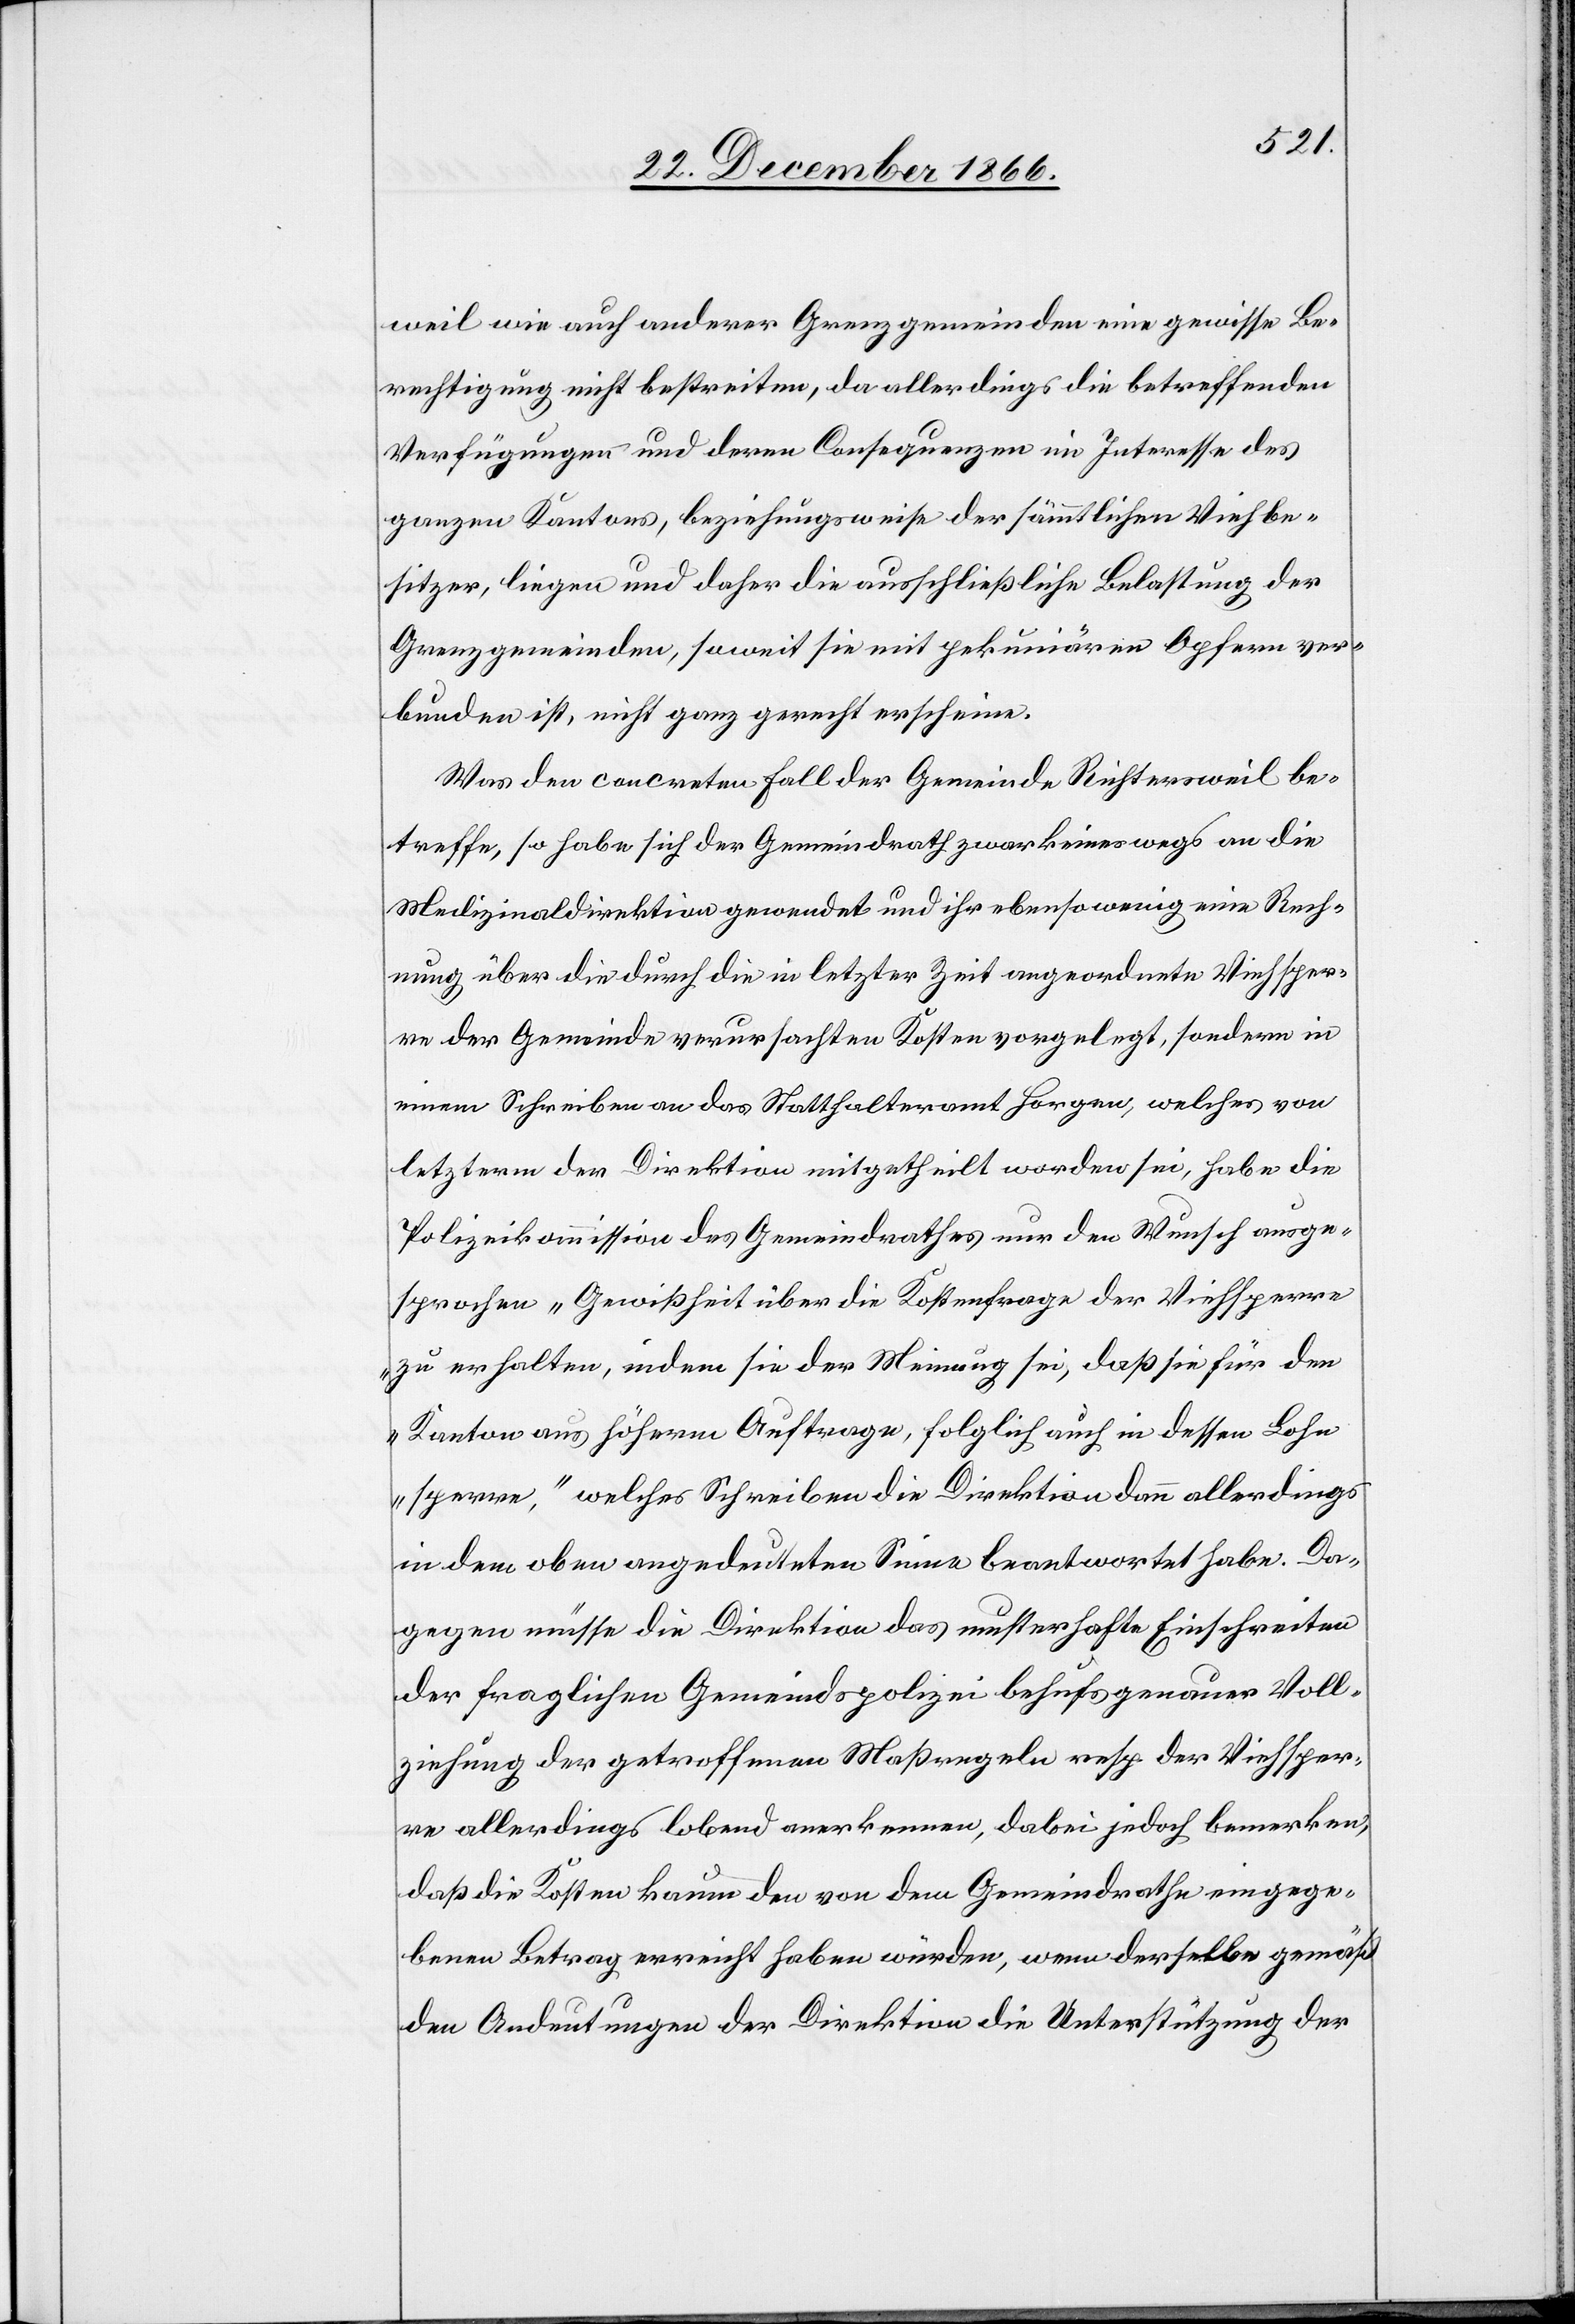
weil wie auch anderer Grenzgemeinden eine gewisse Be¬
rechtigung nicht bestreiten, da allerdings die betreffenden
Verfügungen und deren Consequenzen im Interesse des
ganzen Kantons, beziehungsweise der sämmtlichen Viehbe¬
sitzer, liegen und daher die ausschließliche Belastung der
Grenzgemeinden, soweit sie mit pekuniären Opfern ver¬
bunden ist, nicht ganz gerecht erscheine.
Was den concreten Fall der Gemeinde Richtersweil be¬
treffe, so habe sich der Gemeindrath zwar keineswegs an die
Medizinaldirektion gewendet und ihr ebensowenig eine Rech¬
nung über die durch die in letzter Zeit angeordnete Viehsper¬
re der Gemeinde verursachten Kosten vorgelegt, sondern in
einem Schreiben an das Statthalteramt Horgen, welches von
letzterm der Direktion mitgetheilt worden sei, habe die
Polizeikommission des Gemeindrathes nur den Wunsch ausge¬
sprochen „Gewißheit über die Kostenfrage der Viehsperre
zu erhalten, indem sie der Meinung sei, daß sie für den
Kanton aus höherm Auftrage, folglich auch in dessen Lohn
sperre,“ welches Schreiben die Direktion dann allerdings
in dem oben angedeuteten Sinne beantwortet habe. Da¬
gegen müsse die Direktion das musterhafte Einschreiten
der fraglichen Gemeindspolizei behufs genauer Voll¬
ziehung der getroffenen Maßregeln resp. der Viehsper¬
re allerdings lobend anerkennen, dabei jedoch bemerken,
daß die Kosten kaum den von dem Gemeindrathe eingege¬
benen Betrag erreicht haben würden, wenn derselbe gemäß
den Andeutungen der Direktion die Unterstützung der